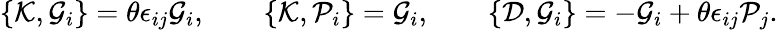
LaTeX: \{ {\cal K},{\cal G}_{i}\} =\theta\epsilon_{ij}{\cal G}_{i},\qquad\{ {\cal K},{\cal P}_{i}\} ={\cal G}_{i},\qquad\{ {\cal D},{\cal G}_{i}\} =-{\cal G}_{i}+\theta\epsilon_{ij}{\cal P}_{j}.